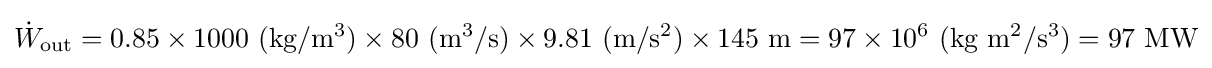
{\dot {W}}_{\text{out}}=0.85\times 1000\ ({\text{kg}}/{\text{m}}^{3})\times 80\ ({\text{m}}^{3}/{\text{s}})\times 9.81\ ({\text{m}}/{\text{s}}^{2})\times 145\ {\text{m}}=97\times 10^{6}\ ({\text{kg}}\ {\text{m}}^{2}/{\text{s}}^{3})=97\ {\text{MW}}